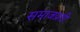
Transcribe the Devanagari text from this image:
समाजप्रती